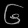
Digit: ၆